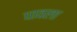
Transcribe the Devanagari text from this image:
घावला